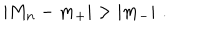
\left| M _ { n } - m _ { + } \right| > \left| m _ { - } \right| \, .